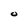
Character: 0